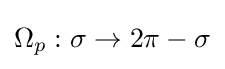
\Omega _{p}:\sigma \to 2\pi -\sigma